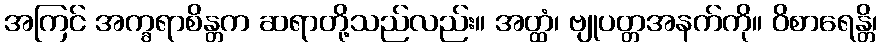
အကြင် အက္ခရာစိန္တက ဆရာတို့သည်လည်း။ အတ္ထံ၊ ဗျုပတ္တအနက်ကို။ ဝိစာရေန္တိ၊